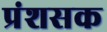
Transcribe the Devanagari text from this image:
प्रंशसक